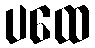
ပထေ